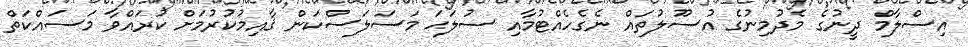
އިސްލާމް ދީނުގެ މެދުމިނުގެ އުސޫލުތައް ނެގެހެއްޓުމާއި ސުލަޙަ މަސަލަސްކަން ޤާއިމުކުރުމަށް ކުރައްވާ މަސައްކަތް